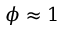
\phi \approx 1